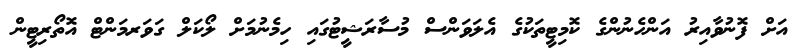
އަށް ފޮނުވާއިރު އަންހެނުންގެ ކޮމިޓީތަކުގެ އެލަވަންސް މުސާރަޝީޓުގައި ހިމެނުމަށް ލޯކަލް ގަވަރމަންޓް އޮތޯރިޓީން